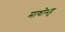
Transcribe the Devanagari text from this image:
माधोभट्ट